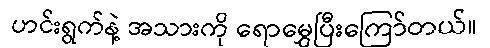
ဟင်းရွက်နဲ့ အသားကို ရောမွှေပြီးကြော်တယ်။